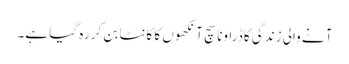
آنے والی زندگی کا ڈراونا سچ آنکھوں کا کانٹا بن کر رہ گیا ہے۔